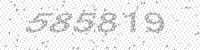
Solution: 585819